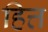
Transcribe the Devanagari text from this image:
हित्त